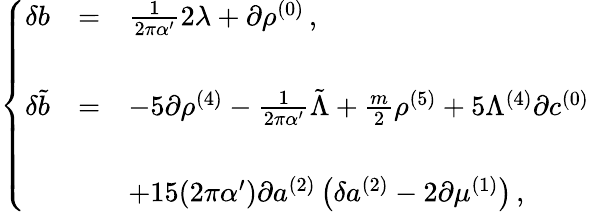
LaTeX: \left\{ \begin{array}{rcl}{{\delta b}}&{{=}}&{{\frac{1}{2\pi\alpha^{\prime}}2\lambda+\partial\rho^{(0)}\, ,}}\\ {{}}&{{}}&{{}}\\ {{\delta\tilde{b}}}&{{=}}&{{-5\partial\rho^{(4)}-\frac{1}{2\pi\alpha^{\prime}}\tilde{\Lambda}+\frac{m}{2}\rho^{(5)}+5\Lambda^{(4)}\partial c^{(0)}}}\\ {{}}&{{}}&{{}}\\ {{}}&{{}}&{{+15(2\pi\alpha^{\prime})\partial a^{(2)}\left(\delta a^{(2)}-2\partial\mu^{(1)}\right)\, ,}}\end{array}\right.